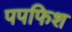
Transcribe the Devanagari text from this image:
पपफिश